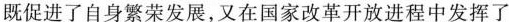
既促进了自身繁荣发展，又在国家改革开放进程中发挥了